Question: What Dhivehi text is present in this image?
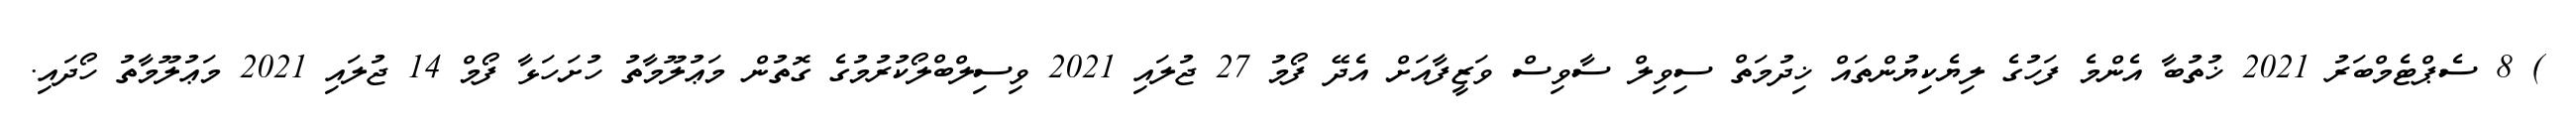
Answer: ) 8 ސެޕްޓެމްބަރު 2021 ޚުތުބާ އެންމެ ފަހުގެ ލިޔެކިޔުންތައް ޚިދުމަތް ސިވިލް ސާވިސް ވަޒީފާއަށް އެދޭ ފޯމު 27 ޖުލައި 2021 ވިސިލްބްލޯކުރުމުގެ ގޮތުން މަޢުލޫމާތު ހުށަހަޅާ ފޯމް 14 ޖުލައި 2021 މަޢުލޫމާތު ހޯދައި.